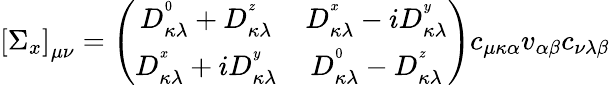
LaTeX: \left[\Sigma_{x}\right]_{\mu\nu}=\left(\begin{array}{cc}{D_{\kappa\lambda}^{^0}+D_{\kappa\lambda}^{^z}}&{D_{\kappa\lambda}^{^x}-iD_{\kappa\lambda}^{^y}}\\ {D_{\kappa\lambda}^{^x}+iD_{\kappa\lambda}^{^y}}&{D_{\kappa\lambda}^{^0}-D_{\kappa\lambda}^{^z}}\end{array}\right)c_{\mu\kappa\alpha}v_{\alpha\beta}c_{\nu\lambda\beta}